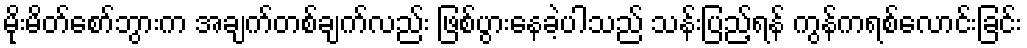
မိုးမိတ်စော်ဘွားက အချက်တစ်ချက်လည်း ဖြစ်ပွားနေခဲ့ပါသည် သန်းပြည့်ရန် ကွန်ကရစ်လောင်းခြင်း